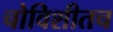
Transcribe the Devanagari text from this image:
चोविशीतच